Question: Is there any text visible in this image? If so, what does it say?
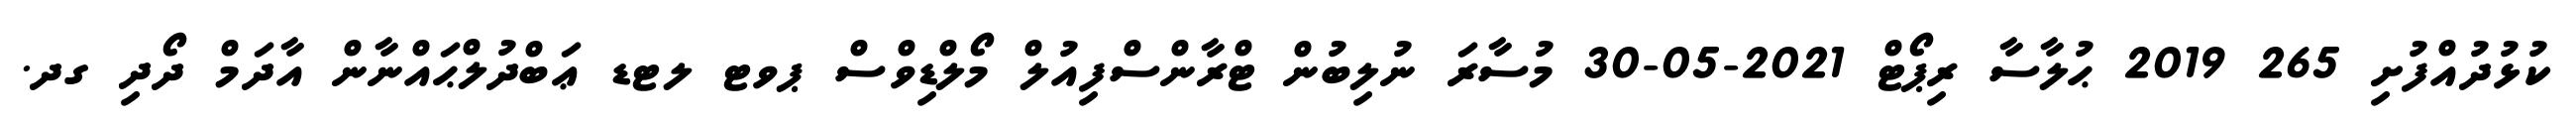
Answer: ކުޅުދުއްފުށި 265 2019 ޙުލާސާ ރިޕޯޓް 2021-05-30 މުސާރަ ނުލިބުން ޓްރާންސްފިއުލް މޯލްޑިވްސް ޕވޓ ލޓޑ ޢަބްދުލްޙައްނާން އާދަމް ދޯދި ގދ.